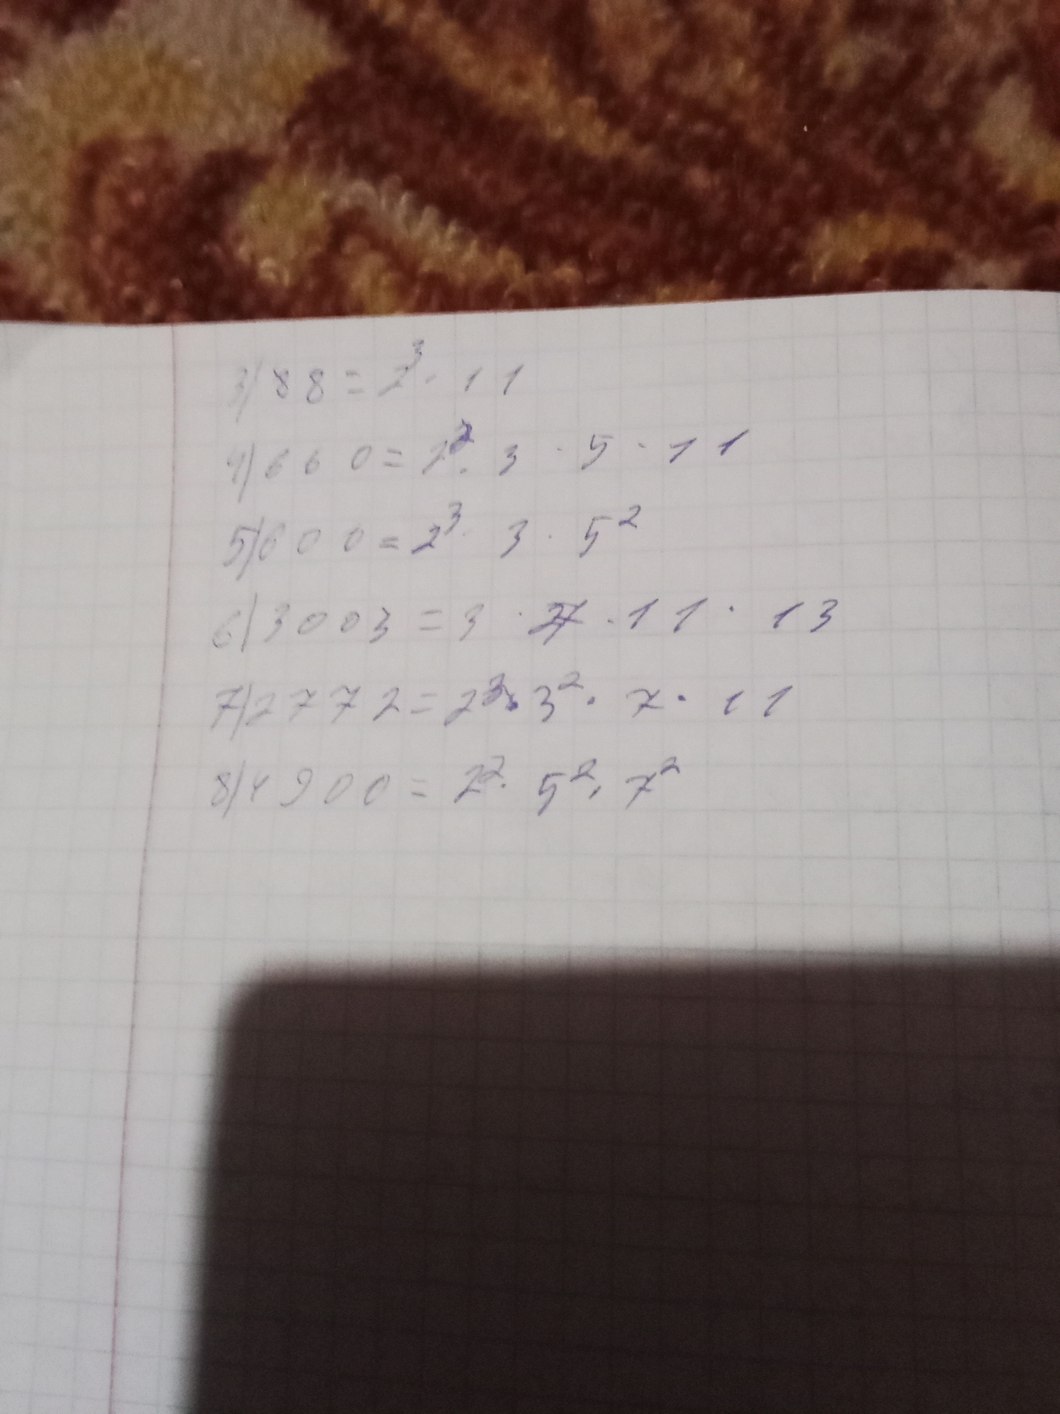
3) 88 = 2^3 * 11
4) 660 = 2^2 * 3 * 5 * 11
5) 600 = 2^3 * 3 * 5^2
6) 3003 = 3 * ~~2~~7 * 11 * 13
7) 2772 = 2^2 * 3^2 * 7 * 11
8) 4900 = 2^2 * 5^2 * 7^2